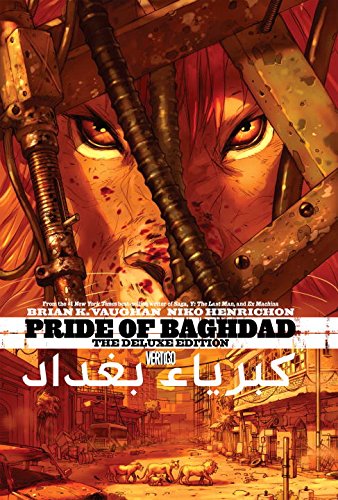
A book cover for Pride of Baghdad Deluxe Edition; Brian K. Vaughan; Comics & Graphic Novels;